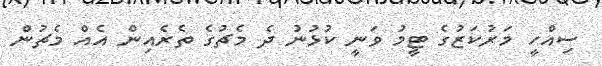
ސިއްހީ މަރުކަޒުގެ ޓީމު ވަނީ ކުޅުނު ދެ މެޗުގެ ތެރެއިން އެއް މެޗުން